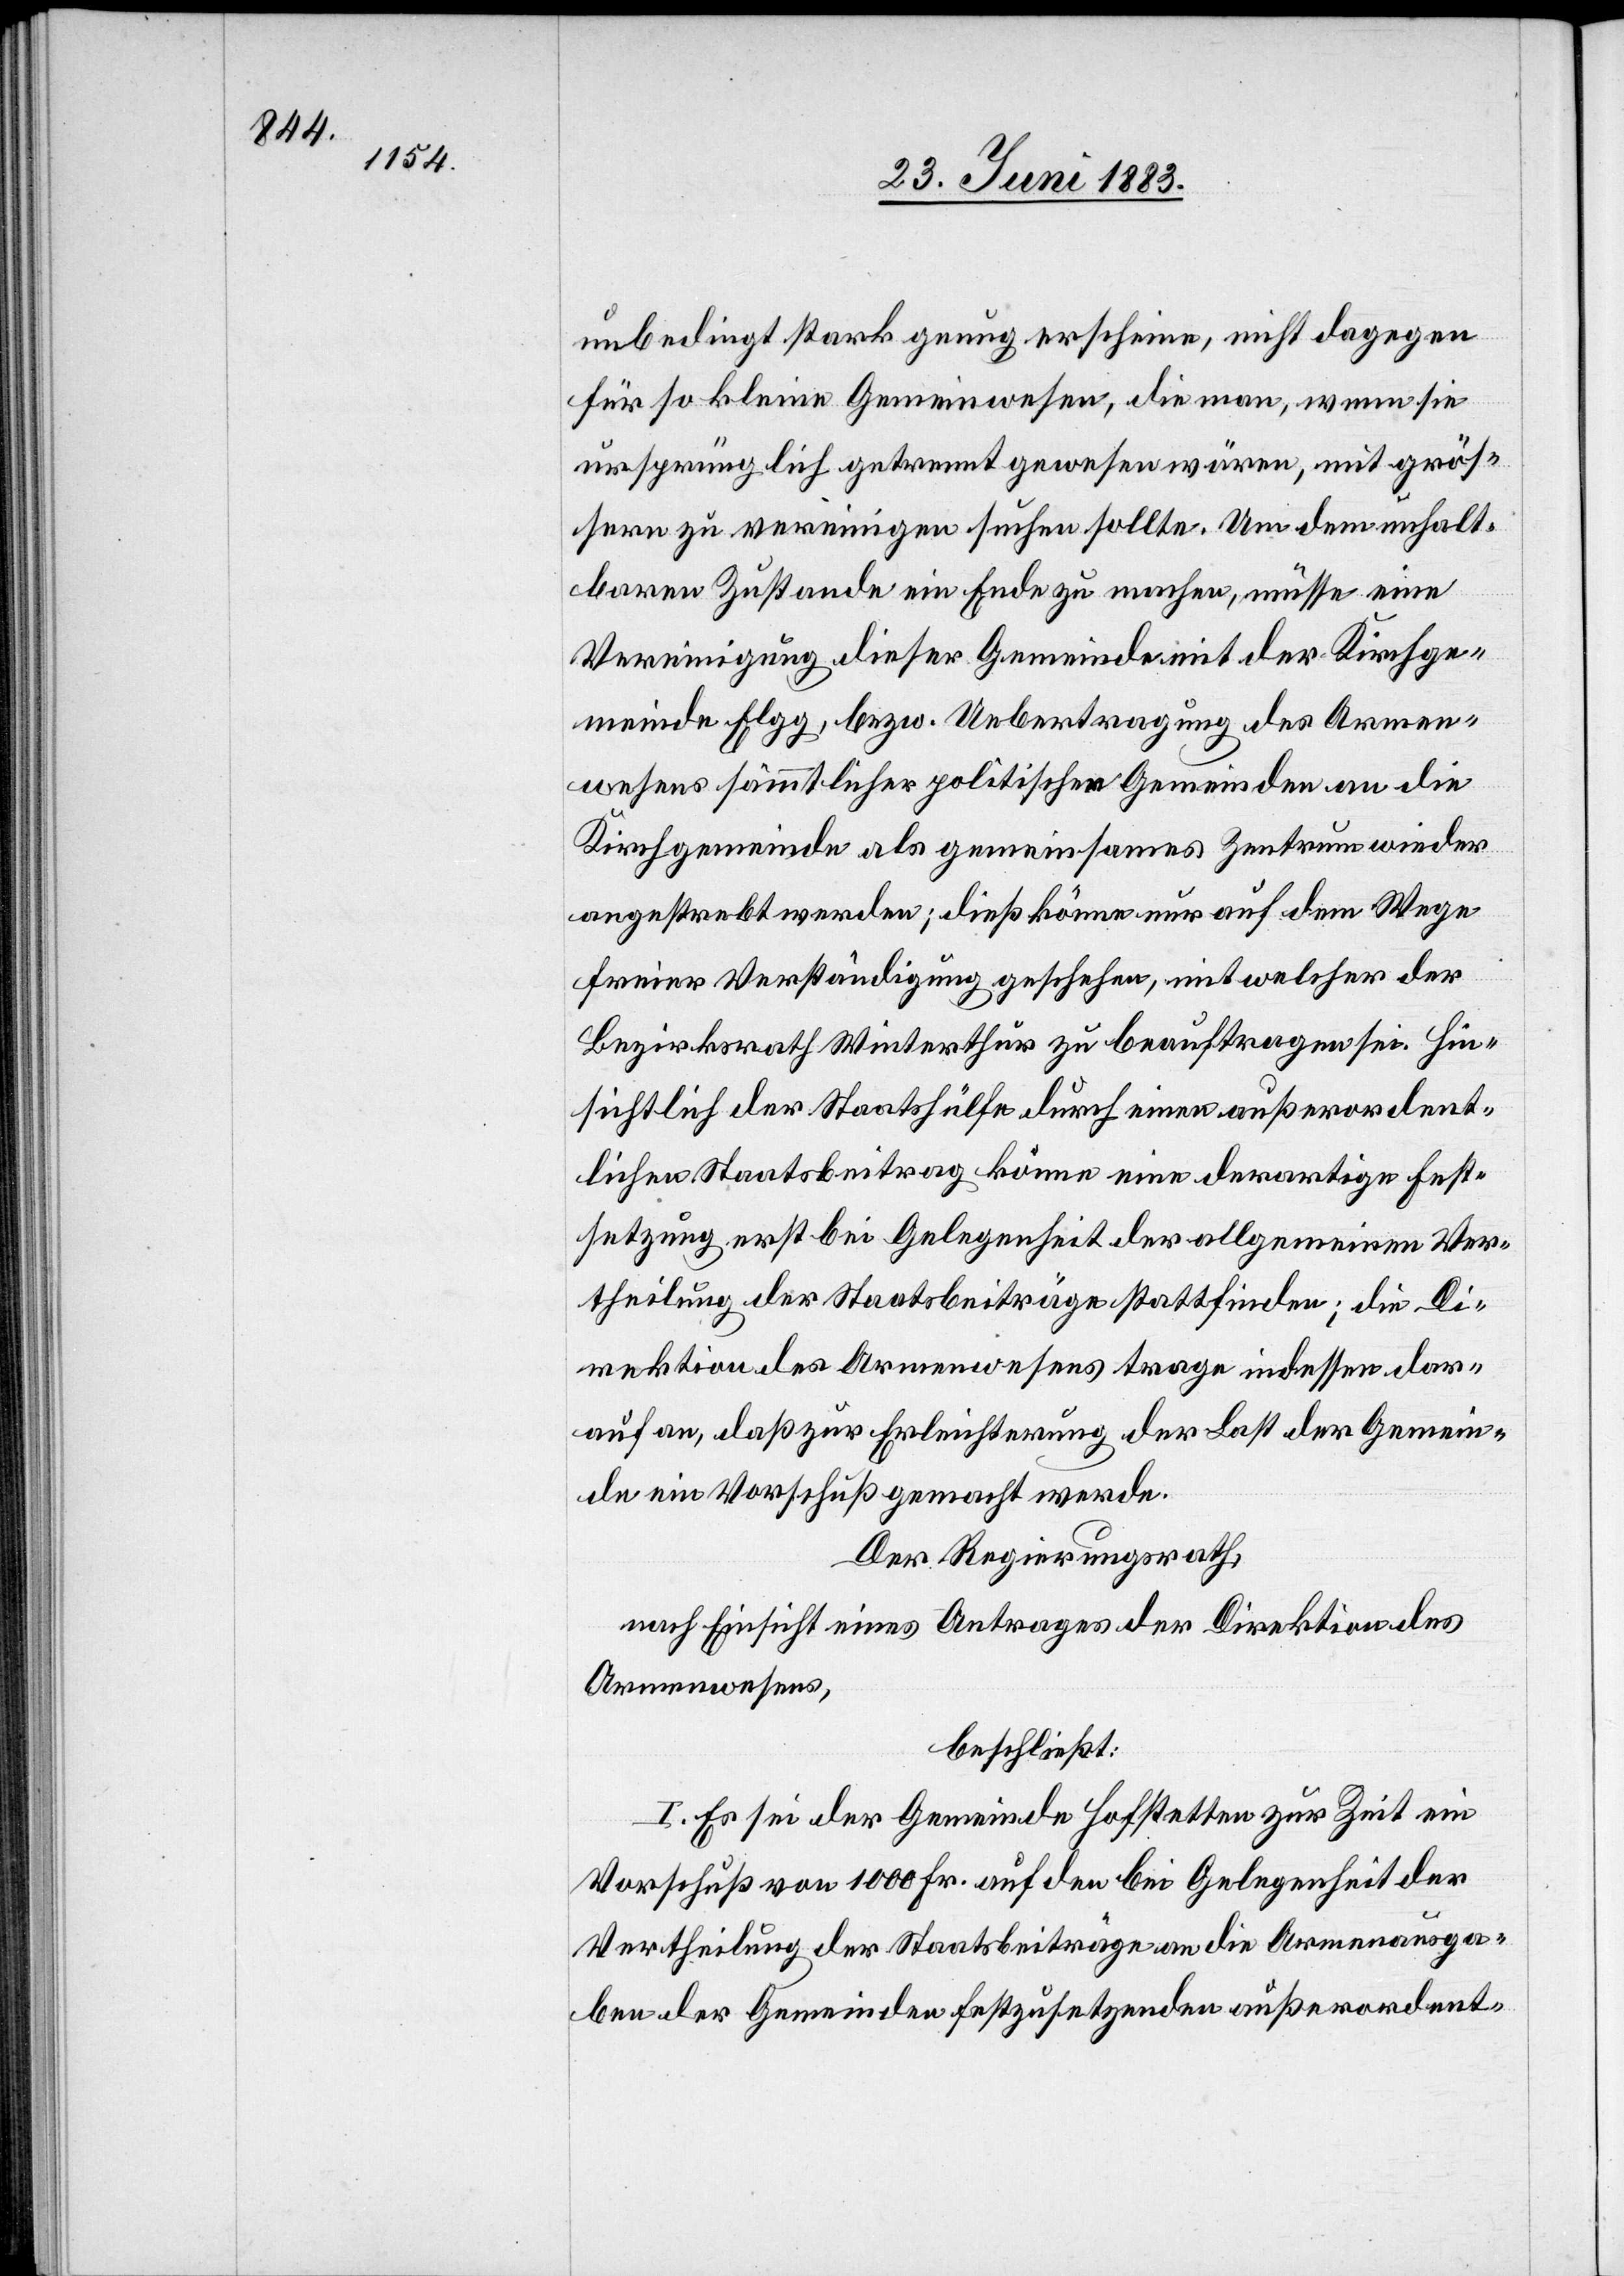
unbedingt stark genug erscheine, nicht dagegen
für so kleine Gemeinwesen, die man, wenn sie
ursprünglich getrennt gewesen wären, mit größ¬
ern zu vereinigen suchen sollte. Um dem unhalt¬
baren Zustande ein Ende zu machen, müsse eine
Vereinigung dieser Gemeinde mit der Kirchge¬
meinde Elgg, bezw. Uebertragung des Armen¬
wesens sämmtlicher politischen Gemeinden an die
Kirchgemeinde als gemeinsames Zentrum wieder
angestrebt werden; dieß könne nur auf dem Wege
freier Verständigung geschehen, mit welcher der
Bezirksrath Winterthur zu beauftragen sei. Hin¬
sichtlich der Staatshülfe durch einen außerordent¬
lichen Staatsbeitrag könne eine derartige Fest¬
setzung erst bei Gelegenheit der allgemeinen Ver¬
theilung der Staatsbeiträge stattfinden; die Di¬
rektion des Armenwesens trage indessen dar¬
auf an, daß zur Erleichterung der Last der Gemein¬
de ein Vorschuß gemacht werde.
Der Regierungsrath,
nach Einsicht eines Antrages der Direktion des
Armenwesens,
beschließt:
I. Es sei der Gemeinde Hofstetten zur Zeit ein
Vorschuß von 1000 Fr. auf den bei Gelegenheit der
Vertheilung der Staatsbeiträge an die Armenausga¬
ben der Gemeinden festzusetzenden außerordent-